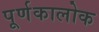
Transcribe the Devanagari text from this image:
पूर्णकालोक